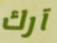
آرك